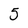
Character: 5